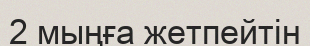
2 мыңға жетпейтін